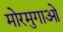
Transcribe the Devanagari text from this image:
मोरमुगाओ